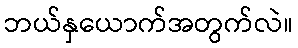
ဘယ်နှယောက်အတွက်လဲ။